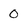
Character: 0